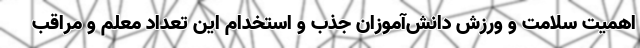
اهمیت سلامت و ورزش دانش‌آموزان جذب و استخدام این تعداد معلم و مراقب